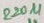
Text: 820µF